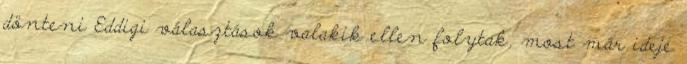
dönteni Eddigi választások valakik ellen folytak, most már ideje